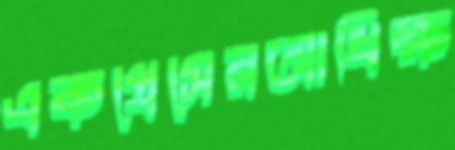
একপ্রেসেরআধিক্ষ